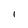
Character: l